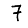
Digit: 7